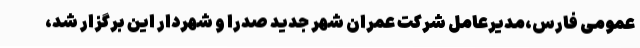
عمومی فارس،مدیرعامل شرکت عمران شهر جدید صدرا و شهردار این برگزار شد،